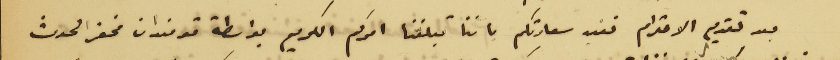
بعد تقديم الاحترام نفيد سعادتكم باننا تبلغنا امركم الكريم بواسطة قومندان مخفر الحدث